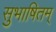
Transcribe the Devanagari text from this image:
सुभाषितम्